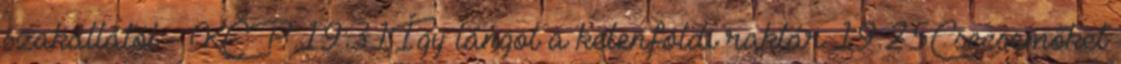
szakállától - KÉP 19:31Így lángol a kelenföldi raktár 19:25Csecsemőket